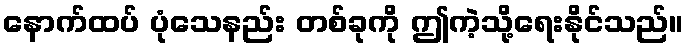
နောက်ထပ် ပုံသေနည်း တစ်ခုကို ဤကဲ့သို့ရေးနိုင်သည်။